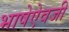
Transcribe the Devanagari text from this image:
भाषेऐवजी